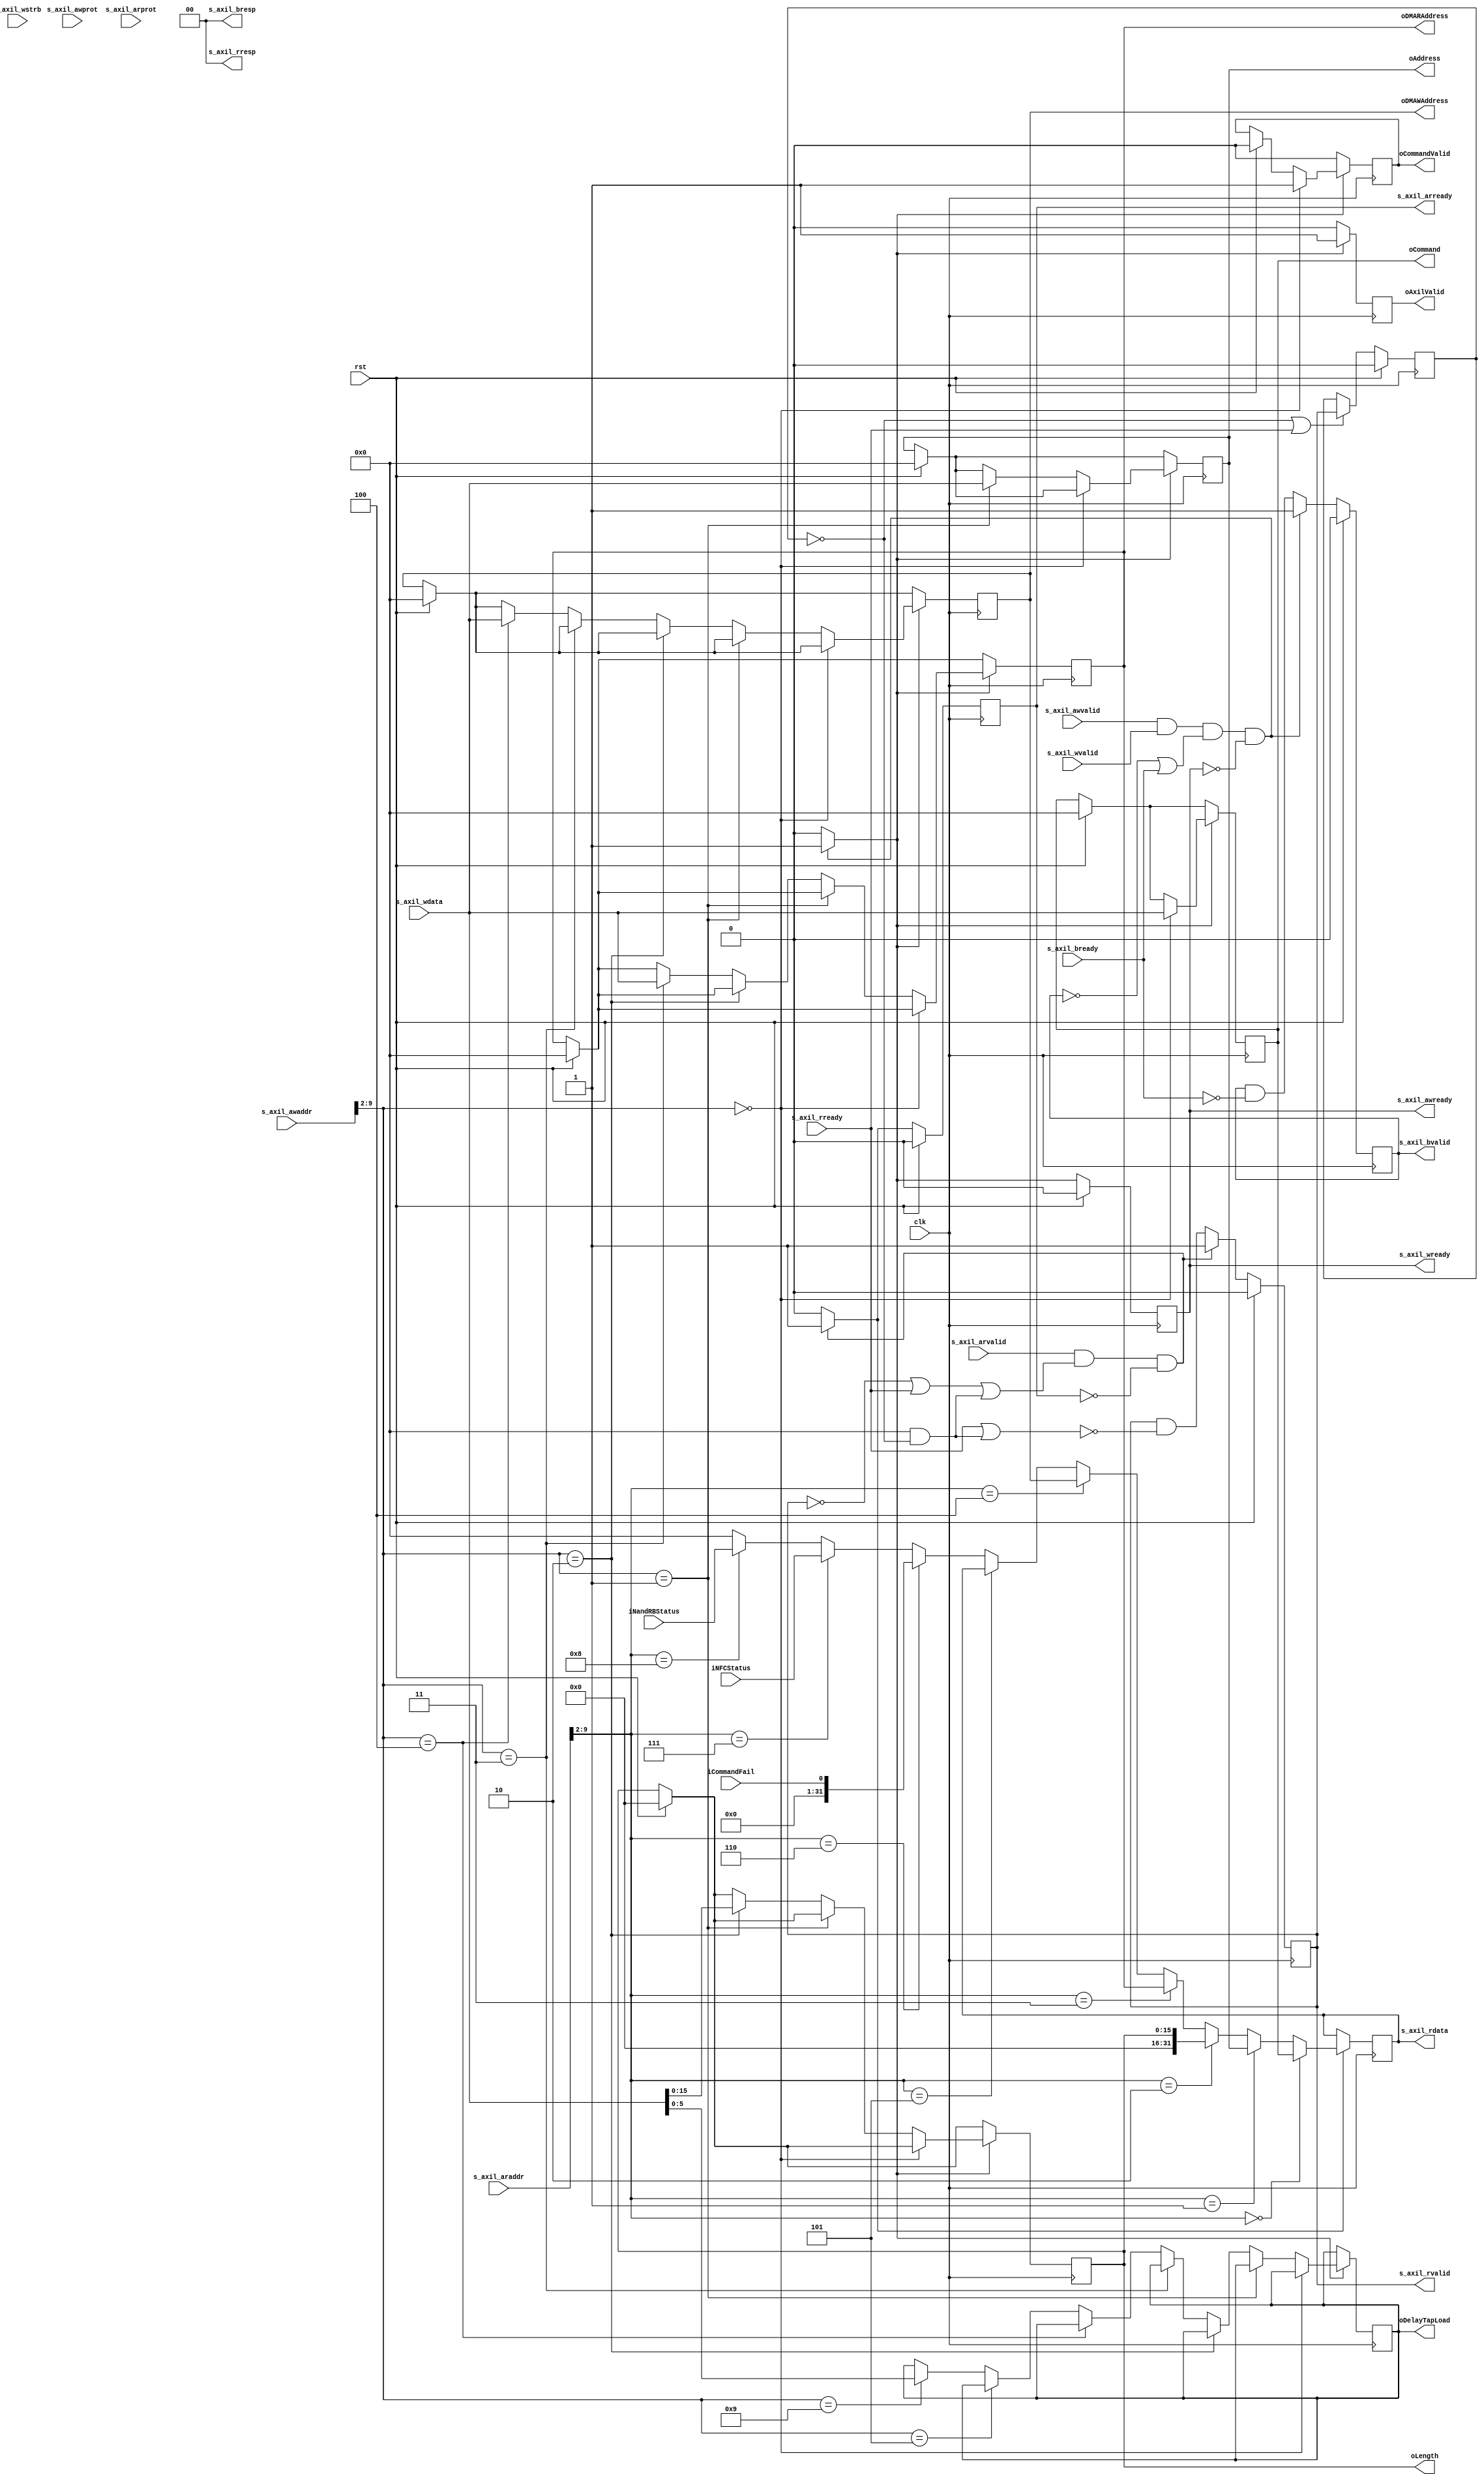
// This program was cloned from: https://github.com/cjhonlyone/NandFlashController
// License: GNU General Public License v3.0

/*

Copyright (c) 2018 Alex Forencich

Permission is hereby granted, free of charge, to any person obtaining a copy
of this software and associated documentation files (the "Software"), to deal
in the Software without restriction, including without limitation the rights
to use, copy, modify, merge, publish, distribute, sublicense, and/or sell
copies of the Software, and to permit persons to whom the Software is
furnished to do so, subject to the following conditions:

The above copyright notice and this permission notice shall be included in
all copies or substantial portions of the Software.

THE SOFTWARE IS PROVIDED "AS IS", WITHOUT WARRANTY OF ANY KIND, EXPRESS OR
IMPLIED, INCLUDING BUT NOT LIMITED TO THE WARRANTIES OF MERCHANTABILITY
FITNESS FOR A PARTICULAR PURPOSE AND NONINFRINGEMENT. IN NO EVENT SHALL THE
AUTHORS OR COPYRIGHT HOLDERS BE LIABLE FOR ANY CLAIM, DAMAGES OR OTHER
LIABILITY, WHETHER IN AN ACTION OF CONTRACT, TORT OR OTHERWISE, ARISING FROM,
OUT OF OR IN CONNECTION WITH THE SOFTWARE OR THE USE OR OTHER DEALINGS IN
THE SOFTWARE.

*/

// Language: Verilog 2001

`timescale 1ns / 1ps

/*
 * AXI4-Lite RAM
 */
module NandFlashController_AXIL_Reg #
(
    // Width of data bus in bits
    parameter DATA_WIDTH = 32,
    // Width of address bus in bits
    parameter ADDR_WIDTH = 16,
    // Width of wstrb (width of data bus in words)
    parameter STRB_WIDTH = (DATA_WIDTH/8),
    // Extra pipeline register on output
    parameter PIPELINE_OUTPUT = 0
)
(
    input  wire                   clk,
    input  wire                   rst,
    
    input  wire [ADDR_WIDTH-1:0]  s_axil_awaddr ,
    input  wire [2:0]             s_axil_awprot ,
    input  wire                   s_axil_awvalid,
    output wire                   s_axil_awready,
    input  wire [DATA_WIDTH-1:0]  s_axil_wdata  ,
    input  wire [STRB_WIDTH-1:0]  s_axil_wstrb  ,
    input  wire                   s_axil_wvalid ,
    output wire                   s_axil_wready ,
    output wire [1:0]             s_axil_bresp  ,
    output wire                   s_axil_bvalid ,
    input  wire                   s_axil_bready ,
    input  wire [ADDR_WIDTH-1:0]  s_axil_araddr ,
    input  wire [2:0]             s_axil_arprot ,
    input  wire                   s_axil_arvalid,
    output wire                   s_axil_arready,
    output wire [DATA_WIDTH-1:0]  s_axil_rdata  ,
    output wire [1:0]             s_axil_rresp  ,
    output wire                   s_axil_rvalid ,
    input  wire                   s_axil_rready ,

    output wire                   oAxilValid  ,
    output wire [5:0]             oDelayTapLoad,

    output wire [31:0]            oCommand    ,
    output wire                   oCommandValid,
    output wire [31:0]            oAddress    ,
    output wire [15:0]            oLength     ,
    input  wire                   iCommandFail,
    
    output wire [31:0]            oDMARAddress,
    output wire [31:0]            oDMAWAddress,

    input  wire [31:0]            iNFCStatus  ,
    input  wire [31:0]            iNandRBStatus
);
    reg                   rAxilValid  = 0;
    reg [5:0]             rDelayTapLoad =0 ;
    reg [31:0]            rCommand       ;
    reg                   rCommandValid  ;
    reg [31:0]            rAddress       ;
    reg [15:0]            rLength        ;
    
    reg [31:0]            rDMARAddress   ;
    reg [31:0]            rDMAWAddress   ;
    
    reg [31:0]            rFeature       ;

parameter VALID_ADDR_WIDTH = ADDR_WIDTH - $clog2(STRB_WIDTH);
parameter WORD_WIDTH = STRB_WIDTH;
parameter WORD_SIZE = DATA_WIDTH/WORD_WIDTH;

reg mem_wr_en;
reg mem_rd_en;

reg s_axil_awready_reg = 1'b0, s_axil_awready_next;
reg s_axil_wready_reg = 1'b0, s_axil_wready_next;
reg s_axil_bvalid_reg = 1'b0, s_axil_bvalid_next;
reg s_axil_arready_reg = 1'b0, s_axil_arready_next;
reg [DATA_WIDTH-1:0] s_axil_rdata_reg = {DATA_WIDTH{1'b0}}, s_axil_rdata_next;
reg s_axil_rvalid_reg = 1'b0, s_axil_rvalid_next;
reg [DATA_WIDTH-1:0] s_axil_rdata_pipe_reg = {DATA_WIDTH{1'b0}};
reg s_axil_rvalid_pipe_reg = 1'b0;

// (* RAM_STYLE="BLOCK" *)
// reg [DATA_WIDTH-1:0] mem[(2**VALID_ADDR_WIDTH)-1:0];

wire [VALID_ADDR_WIDTH-1:0] s_axil_awaddr_valid = s_axil_awaddr >> (ADDR_WIDTH - VALID_ADDR_WIDTH);
wire [VALID_ADDR_WIDTH-1:0] s_axil_araddr_valid = s_axil_araddr >> (ADDR_WIDTH - VALID_ADDR_WIDTH);

assign s_axil_awready = s_axil_awready_reg;
assign s_axil_wready = s_axil_wready_reg;
assign s_axil_bresp = 2'b00;
assign s_axil_bvalid = s_axil_bvalid_reg;
assign s_axil_arready = s_axil_arready_reg;
assign s_axil_rdata = PIPELINE_OUTPUT ? s_axil_rdata_pipe_reg : s_axil_rdata_reg;
assign s_axil_rresp = 2'b00;
assign s_axil_rvalid = PIPELINE_OUTPUT ? s_axil_rvalid_pipe_reg : s_axil_rvalid_reg;

// integer i, j;

// initial begin
//     // two nested loops for smaller number of iterations per loop
//     // workaround for synthesizer complaints about large loop counts
//     for (i = 0; i < 2**VALID_ADDR_WIDTH; i = i + 2**(VALID_ADDR_WIDTH/2)) begin
//         for (j = i; j < i + 2**(VALID_ADDR_WIDTH/2); j = j + 1) begin
//             mem[j] = 0;
//         end
//     end
// end

always @* begin
    mem_wr_en = 1'b0;

    s_axil_awready_next = 1'b0;
    s_axil_wready_next = 1'b0;
    s_axil_bvalid_next = s_axil_bvalid_reg && !s_axil_bready;

    if (s_axil_awvalid && s_axil_wvalid && (!s_axil_bvalid || s_axil_bready) && (!s_axil_awready && !s_axil_wready)) begin
        s_axil_awready_next = 1'b1;
        s_axil_wready_next = 1'b1;
        s_axil_bvalid_next = 1'b1;

        mem_wr_en = 1'b1;
    end
end

always @(posedge clk) begin
    if (rst) begin
        s_axil_awready_reg <= 1'b0;
        s_axil_wready_reg <= 1'b0;
        s_axil_bvalid_reg <= 1'b0;
    end else begin
        s_axil_awready_reg <= s_axil_awready_next;
        s_axil_wready_reg <= s_axil_wready_next;
        s_axil_bvalid_reg <= s_axil_bvalid_next;
    end

    // for (i = 0; i < WORD_WIDTH; i = i + 1) begin
    //     if (mem_wr_en && s_axil_wstrb[i]) begin
    //         mem[s_axil_awaddr_valid][WORD_SIZE*i +: WORD_SIZE] <= s_axil_wdata[WORD_SIZE*i +: WORD_SIZE];
    //     end
    // end
    if (rst) begin
        rCommand      <= 0;
        rCommandValid <= 0;
        rAddress      <= 0;
        rLength       <= 0;
        rDMARAddress  <= 0;
        rDMAWAddress  <= 0;
        rFeature      <= 0;
        rAxilValid    <= 0;
    end
    if (mem_wr_en) begin
        if (s_axil_awaddr_valid[7:0] == 8'd0) begin
            rCommand      <= s_axil_wdata;
            rCommandValid <= 1;
        end else if (s_axil_awaddr_valid[7:0] == 8'd1) begin
            rAddress <= s_axil_wdata;
        end else if (s_axil_awaddr_valid[7:0] == 8'd2) begin
            rLength <= s_axil_wdata[15:0];
        end else if (s_axil_awaddr_valid[7:0] == 8'd3) begin
            rDMARAddress <= s_axil_wdata;
        end else if (s_axil_awaddr_valid[7:0] == 8'd4) begin
            rDMAWAddress <= s_axil_wdata;
        end else if (s_axil_awaddr_valid[7:0] == 8'd5) begin
            rFeature <= s_axil_wdata;
        end else if (s_axil_awaddr_valid[7:0] == 8'd9) begin
            rDelayTapLoad <= s_axil_wdata[5:0];
        end
        rAxilValid <= 1;
    end else begin
        rAxilValid    <= 0;
        rCommandValid <= 0;
    end
end

always @* begin
    mem_rd_en = 1'b0;

    s_axil_arready_next = 1'b0;
    s_axil_rvalid_next = s_axil_rvalid_reg && !(s_axil_rready || (PIPELINE_OUTPUT && !s_axil_rvalid_pipe_reg));

    if (s_axil_arvalid && (!s_axil_rvalid || s_axil_rready || (PIPELINE_OUTPUT && !s_axil_rvalid_pipe_reg)) && (!s_axil_arready)) begin
        s_axil_arready_next = 1'b1;
        s_axil_rvalid_next = 1'b1;

        mem_rd_en = 1'b1;
    end
end

always @(posedge clk) begin
    if (rst) begin
        s_axil_arready_reg <= 1'b0;
        s_axil_rvalid_reg <= 1'b0;
        s_axil_rvalid_pipe_reg <= 1'b0;
    end else begin
        s_axil_arready_reg <= s_axil_arready_next;
        s_axil_rvalid_reg <= s_axil_rvalid_next;

        if (!s_axil_rvalid_pipe_reg || s_axil_rready) begin
            s_axil_rvalid_pipe_reg <= s_axil_rvalid_reg;
        end
    end
    if (mem_rd_en) begin
        if (s_axil_araddr_valid[7:0] == 8'd0) begin
            s_axil_rdata_reg <= rCommand;
        end else if (s_axil_araddr_valid[7:0] == 8'd1) begin
            s_axil_rdata_reg <= rAddress;
        end else if (s_axil_araddr_valid[7:0] == 8'd2) begin
            s_axil_rdata_reg <= {16'd0, rLength};
        end else if (s_axil_araddr_valid[7:0] == 8'd3) begin
            s_axil_rdata_reg <= rDMARAddress;
        end else if (s_axil_araddr_valid[7:0] == 8'd4) begin
            s_axil_rdata_reg <= rDMAWAddress;
        end else if (s_axil_araddr_valid[7:0] == 8'd5) begin
            // s_axil_rdata_reg <= rFeature;
        end else if (s_axil_araddr_valid[7:0] == 8'd6) begin
            s_axil_rdata_reg <= {31'd0, iCommandFail};
        end else if (s_axil_araddr_valid[7:0] == 8'd7) begin
            s_axil_rdata_reg <= iNFCStatus;
        end else if (s_axil_araddr_valid[7:0] == 8'd8) begin
            s_axil_rdata_reg <= iNandRBStatus;
        end else begin
            s_axil_rdata_reg <= 0;
        end
        // s_axil_rdata_reg <= mem[s_axil_araddr_valid];
    end

    if (!s_axil_rvalid_pipe_reg || s_axil_rready) begin
        s_axil_rdata_pipe_reg <= s_axil_rdata_reg;
    end
end
    
    assign oAxilValid    = rAxilValid   ;
    assign oDelayTapLoad = rDelayTapLoad;
    assign oCommand      = rCommand     ;
    assign oCommandValid = rCommandValid;
    assign oAddress      = rAddress     ;
    assign oLength       = rLength      ;
    assign oDMARAddress  = rDMARAddress ;
    assign oDMAWAddress  = rDMAWAddress ;

endmodule